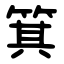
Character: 箕